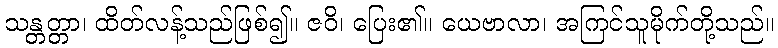
သန္တတ္တာ၊ ထိတ်လန့်သည်ဖြစ်၍။ ဇဝိ၊ ပြေး၏။ ယေဗာလာ၊ အကြင်သူမိုက်တို့သည်။